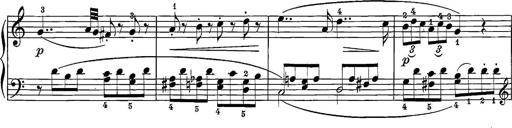
Title: 12 Sonatine per Pianoforte
Composer: Friedrich Kuhlau